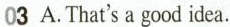
03 A.That's a good idea.